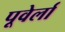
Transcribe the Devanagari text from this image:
पूवेर्ला